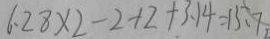
6 . 2 8 \times 2 - 2 + 2 + 3 . 1 4 = 1 5 . 7